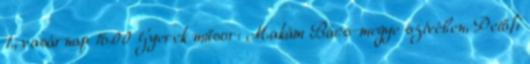
1., vasárnap 16.00 Gyerek műsor: Makám Bács-megye szívében, Petőfi